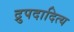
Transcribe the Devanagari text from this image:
द्रुपदादित्य